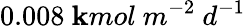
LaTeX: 0.008\ \mathbf{k}mol\ m^{-2}\ d^{-1}